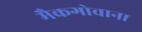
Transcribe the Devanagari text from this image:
मैकगोवाना